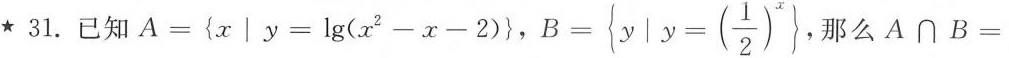
★31.已知$$A={x│y=lg(a^{2}-α-2)}$$， $$B= \left\{ y|y=(\frac{1}{2})^{x}$$ ，那么A∩B=